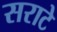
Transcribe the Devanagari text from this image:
सराटे